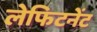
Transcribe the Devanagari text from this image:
लेफिटनेंट